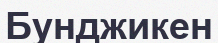
Бунджикен